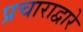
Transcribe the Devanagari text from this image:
प्रचाराद्वारे